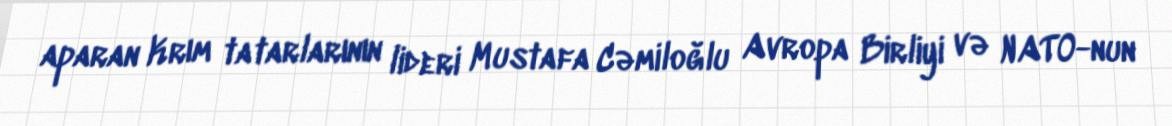
aparan Krım tatarlarının lideri Mustafa Cəmiloğlu Avropa Birliyi və NATO-nun